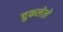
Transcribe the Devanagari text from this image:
चुकलेले